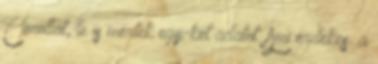
Corollát, le is mértek egy-két adatot. Ami érdekes: a